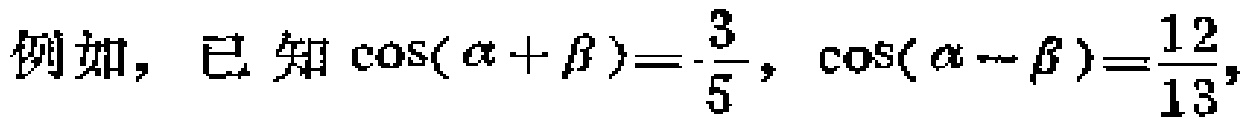
例如，已知\(\cos(\alpha + \beta)=-\frac{3}{5}\)，\(\cos(\alpha - \beta)=\frac{12}{13}\)，